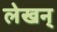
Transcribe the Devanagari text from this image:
लेखन्